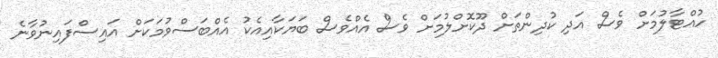
ހުއްޓާލުމަށް ވެސް އަދި ކުދިންތަށް ދޫކޮށްލުމަށް ވެސް އެއްވެސް ބަޔަކާއިއެކު އެއްބަސްވުމަކަށް އައިސްފައިނުވާނެ